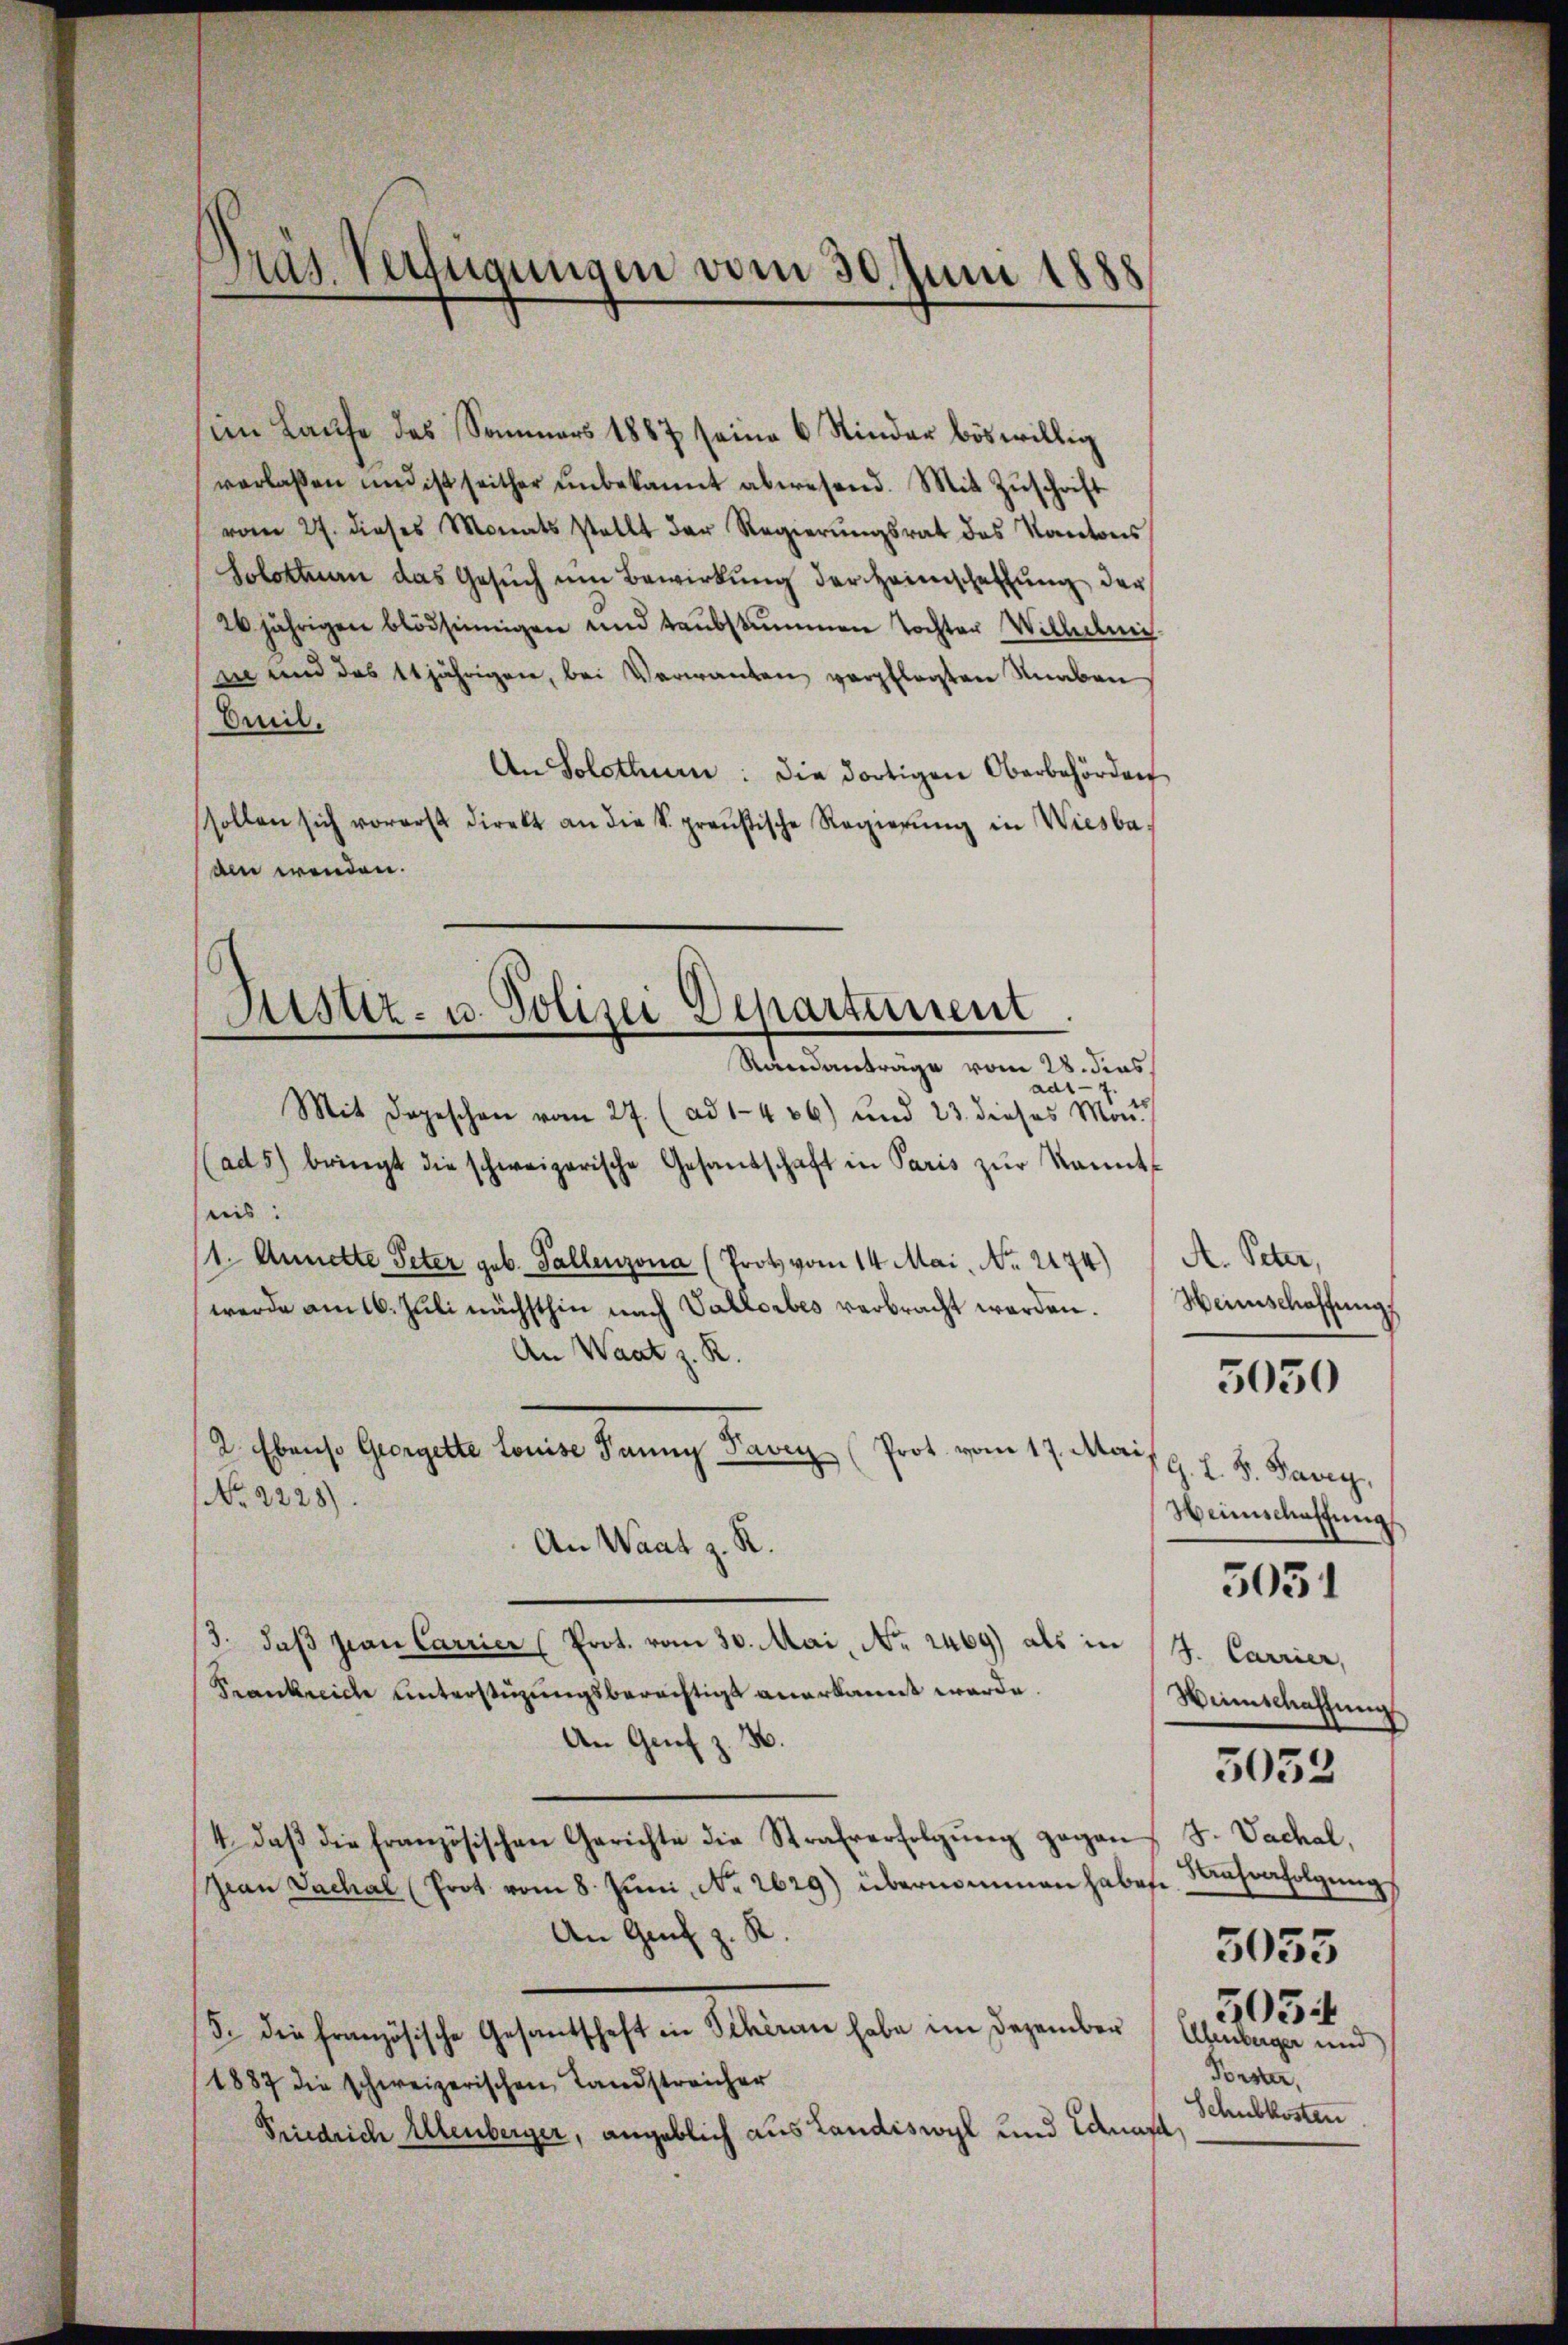
Dräs. Verfügungen vom 30. Juni 1888

im Laufe des Sommers 1887 seine 6 Rinder böswillig
verlassen und ist seither ŭnbekannt abwesend. Mit Zŭschrift
vom 27. dieses Monats stellt der Regierŭngsrat des Kantons
Solothurn das Gesŭch ŭm Bewirkŭng der Heimschaftung der
26 jährigen blödsinnigen und taubstummen Tochter Wilhelmis
i und das 11 jährigen, bei Verwanden verpflegten Knaben
Omil.
An Solothur: die dortigen Oberbehörden
sollen sich vorerst direkt an die S. preußische Regierŭng in Wiesba-
am wenden.
Randanträge vom 28. dies
ad1-7.
Mit Dageschen vom 27. (ad 1. 486) und 23. dieses Mon
(ad 5) bringt die schweizerische Gesandschaft in Paris zŭr kannt
nis:
1. Annette Peter geb. Gallenzona (Prot vom 14. Mai, No 2174)
werde am 16. Juli nächsthin nach Vallorbes verbracht worden.
An Waat z. R.
2. Ebenso Georgelte Louise Fanny Favry (Prot. vom 17. Mai,
NNo. 2228).
An Waat z. R.
3. daß sian Carrier (Prot. vom 30. Mai, No. 2469) als in
Frankreich unterstüzungsberechtigt anerkannt werde.
An Genf z. B.
4. daβ die französischen Gerichte die Strafverfolgŭng gegen S. Vachal,
(Gran Sachal (Prot vom 8. Jŭni No 2629) übernommen habe. Währafolgŭng
An Genf z. R.
5. die französische Gesantschaft in Schiren habe im Dezember
1887 die schweizerischen Landstreicher
Friedrich Allenberger, angeblich aus Landiswyl und Anas

Justiz- u. Polizei Departement

A. Peter,
Heinschaffung

5030

G. L. S. Paren,
Heimschaffung

3051

S. Carrier,
Weinschaffŭng
5055
503
Atenberger und
Forster,
Schubkosten

5053